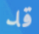
قد